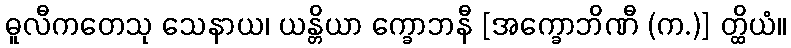
ဓူလီကတေသု သေနာယ၊ ယန္တိယာ က္ခောဘနီ [အက္ခောဘိဏီ (က.)] တ္ထိယံ။